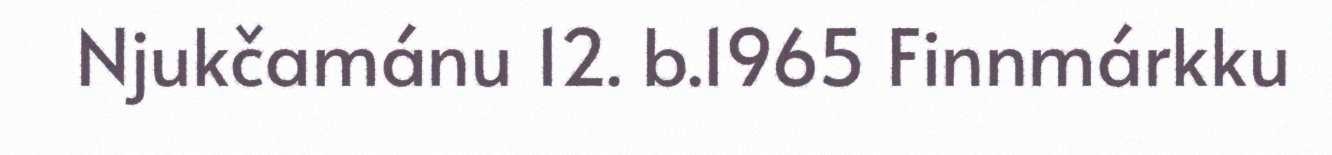
Njukčamánu 12. b.1965 Finnmárkku